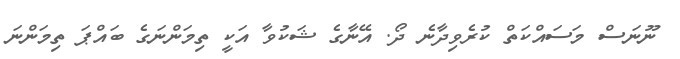
ނޫނަސް މަސައްކަތް ކުރެވިދާނެ ދޯ. އޭނާގެ ޝަކުވާ އަކީ ތިމަންނަގެ ބައްޕަ ތިމަންނަ